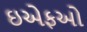
ઇએફઓ